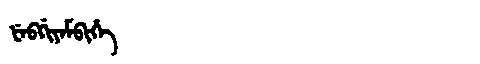
Manchu: ᡶᡝᠪᡤᡳᠶᡝᠮᠪᡳᡥᡝ
Romanization: FEBGIYEMBIHE